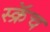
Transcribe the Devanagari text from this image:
स्क्रॅच